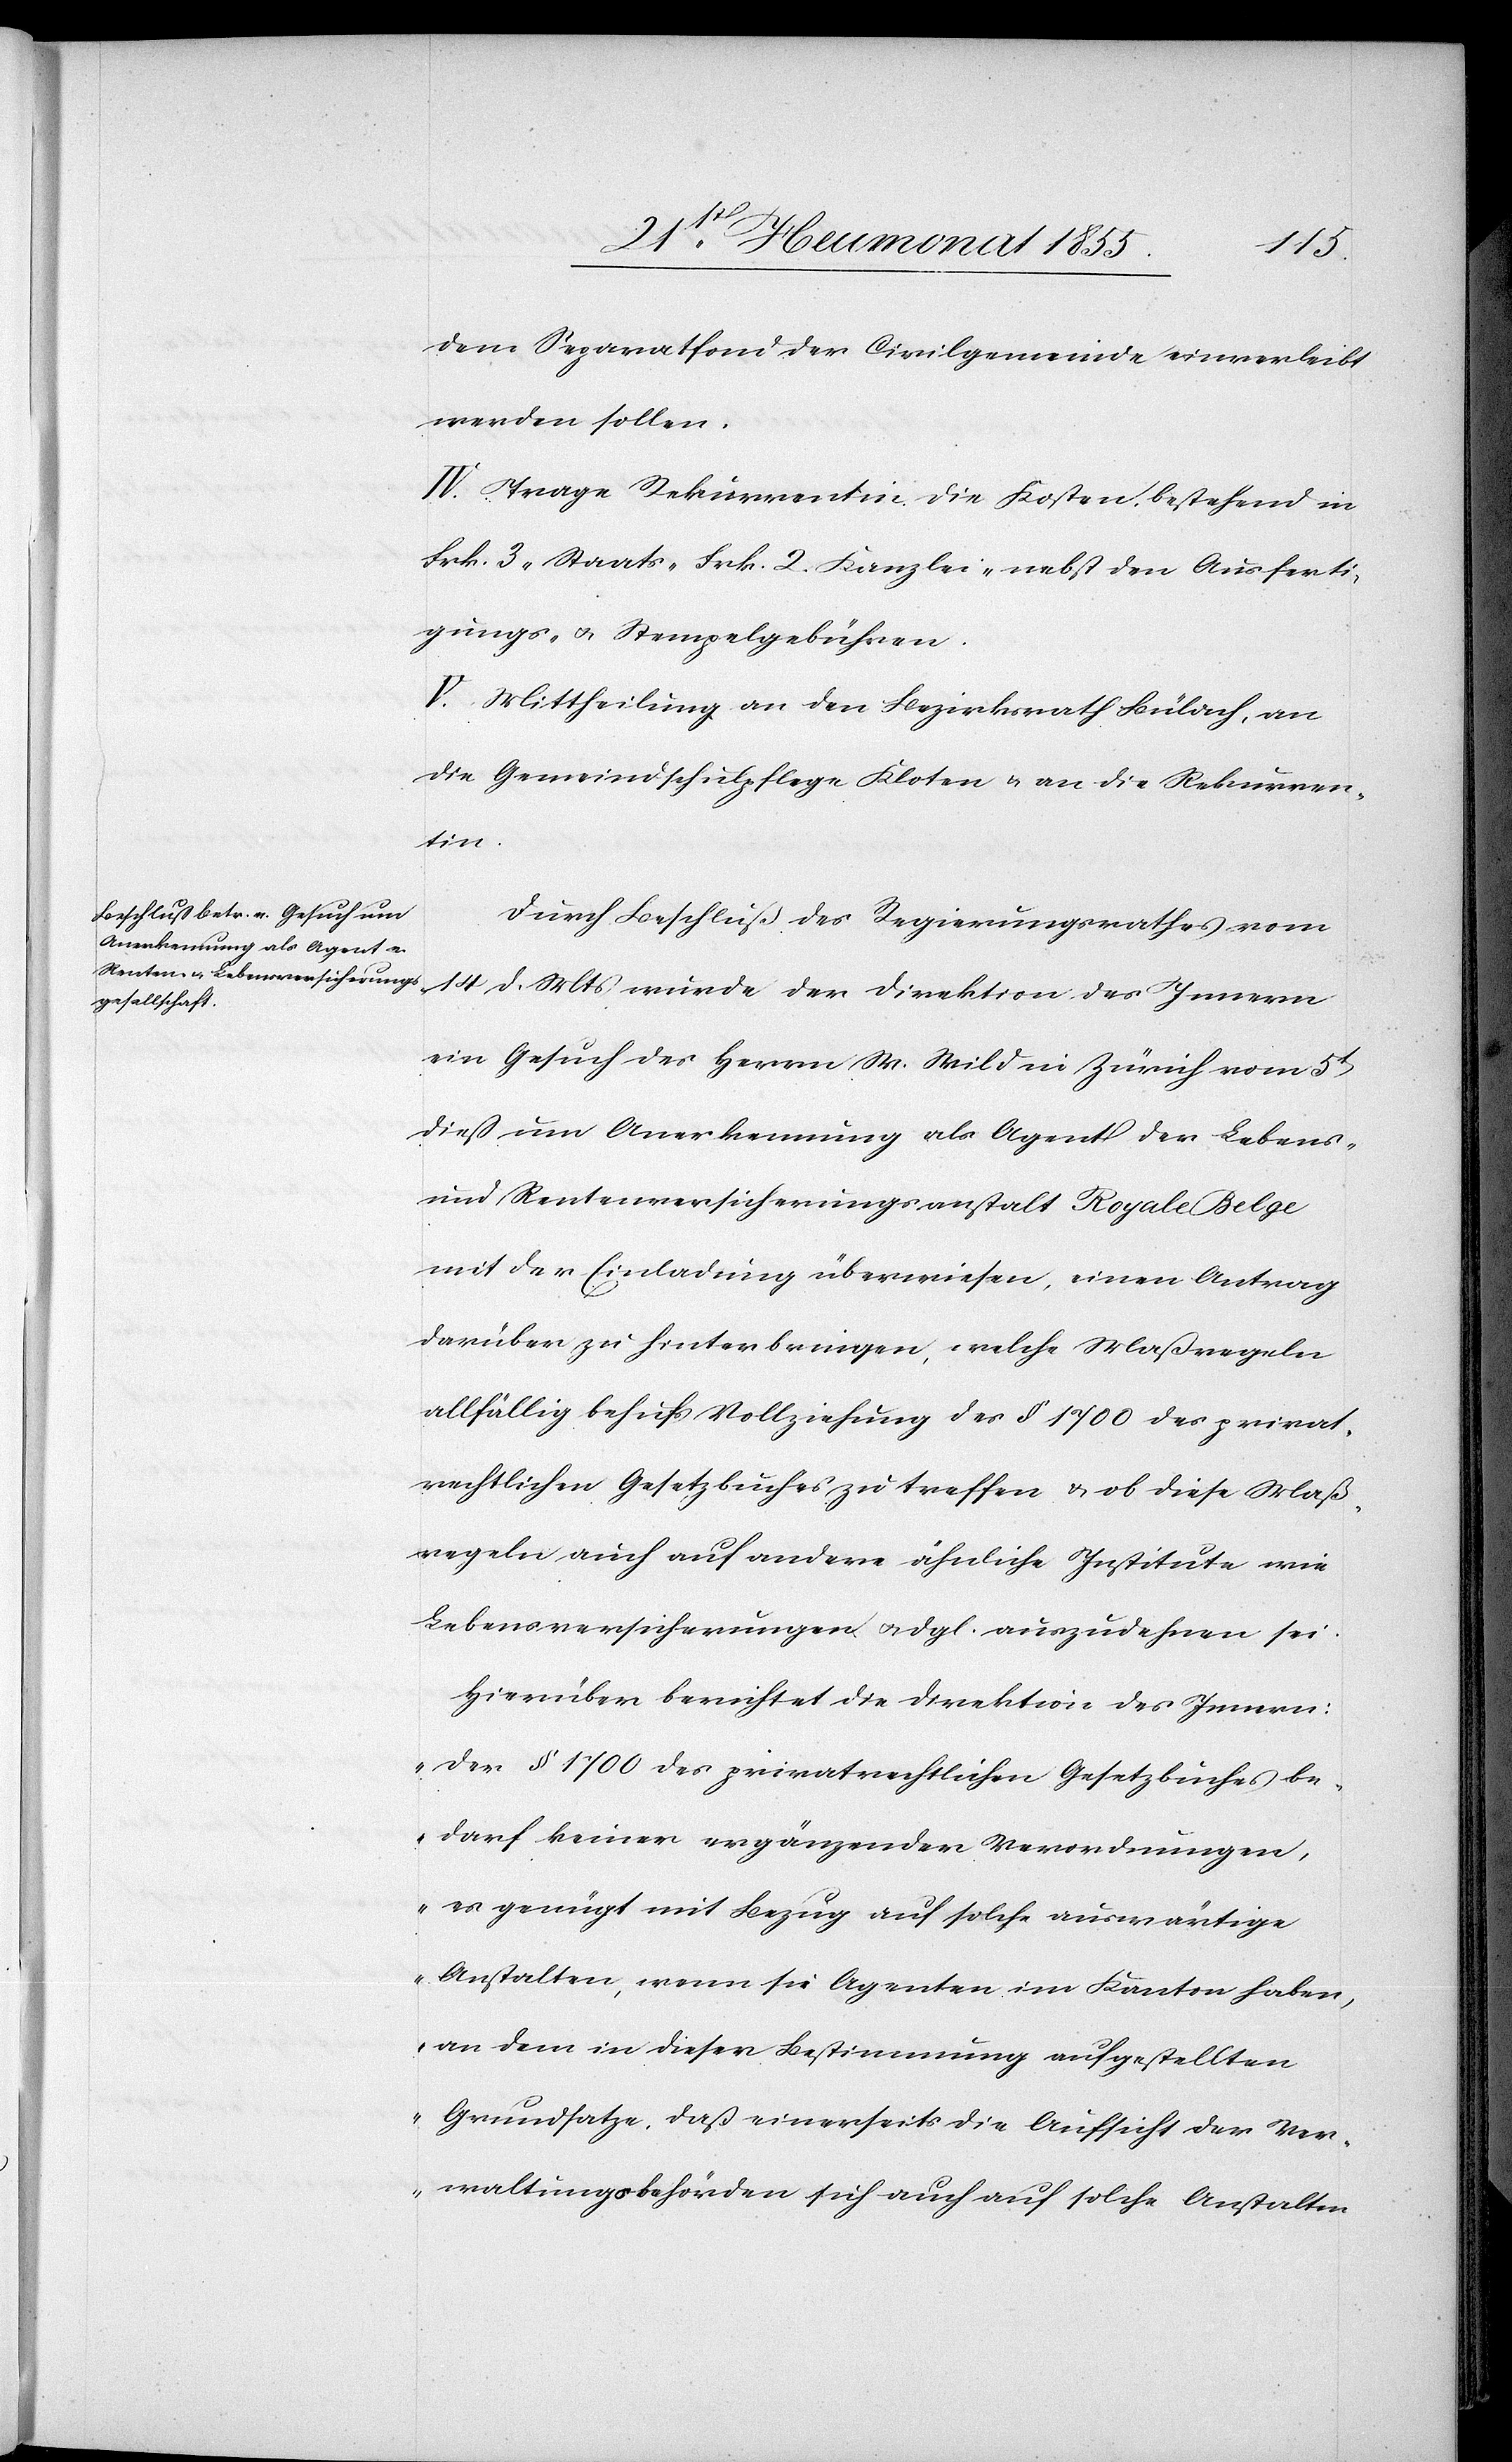
dem Separatfond der Civilgemeinde einverleibt
werden sollen.
IV. Trage Rekurrentin die Kosten, bestehend in
Frk. 3 Staats-[,] Frk. 2. Kanzlei-[,] nebst den Ausferti¬
gungs- & Stempelgebühren.
V. Mittheilung an den Bezirksrath Bülach, an
die Gemeindschulpflege Kloten & an die Rekurren¬
tin.
Durch Beschluß des Regierungsrathes vom
14 d. Mts wurde der Direktion des Innern
ein Gesuch des Herrn W. Wild in Zürich vom 5t[en]
dieß um Anerkennung als Agent der Lebens-
und Rentenversicherungsanstalt Royale Belge
mit der Einladung überwiesen, einen Antrag
darüber zu hinterbringen, welche Maßregeln
allfällig behufs Vollziehung des § 1700 des privat¬
rechtlichen Gesetzbuches zu treffen & ob diese Maß¬
regeln auch auf andere ähnliche Institute wie
Lebensversicherungen & dgl. auszudehnen sei.
Hierüber berichtet die Direktion des Innern:
„Der § 1700 des privatrechtlichen Gesetzbuches be¬
darf keiner ergänzender Verordnungen,
es genügt mit Bezug auf solche auswärtige
Anstalten, wenn sie Agenten im Kanton haben,
an dem in dieser Bestimmung aufgestellten
Grundsatze, daß einerseits die Aufsicht der Ver¬
waltungsbehörden sich auch auf solche Anstalten